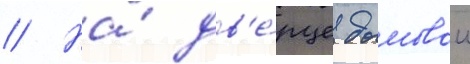
// На́ дв'е́рце дымовои